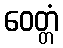
ဝေတ္တံ